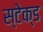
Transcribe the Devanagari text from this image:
स्टेक्ड